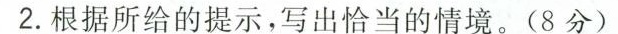
2.根据所给的提示，写出恰当的情境。(8分)